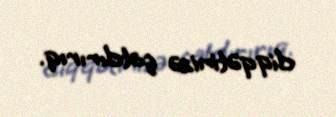
diqqətinizə çatdırırıq.